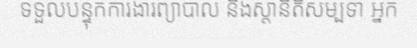
ទទួលបន្ទុកការងារព្យាបាល និងស្តានីតិសម្បទា អ្នក